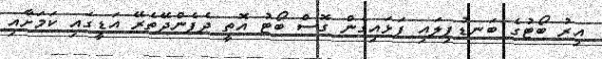
އިރު ބޯޓުގެ ބަނޑުފިލައި ފަޅައިގެން ގޮސް ބޯޓު އޮތީ ދެފެންދޭތެރޭ އަޑީގައި ކަމަށާއި